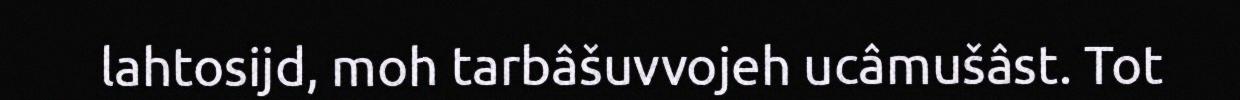
lahtosijd, moh tarbâšuvvojeh ucâmušâst. Tot